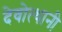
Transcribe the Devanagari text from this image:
देवोत्थानी